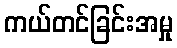
ကယ်တင်ခြင်းအမှု